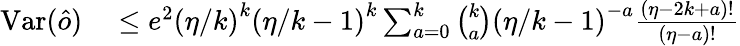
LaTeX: \begin{array}{rl}{\mathrm{Var}(\hat{o})}&{{}\leq e^{2}\left(\eta/k\right)^{k}\left(\eta/k-1\right)^{k}\sum_{a=0}^{k}\binom{k}{a}\left(\eta/k-1\right)^{-a}\frac{\left(\eta-2k+a\right)!}{\left(\eta-a\right)!}}\end{array}